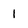
Character: 1